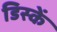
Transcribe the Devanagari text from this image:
डिस्कें